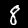
Label: 8